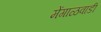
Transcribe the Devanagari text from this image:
मेंगाळवाडी